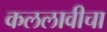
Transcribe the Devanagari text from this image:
कललावीचा